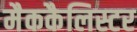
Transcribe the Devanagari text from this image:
मैककैलिस्टर